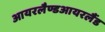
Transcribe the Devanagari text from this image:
आयरलैण्डआयरलैंड